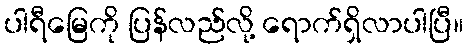
ပါရီမြေကို ပြန်လည်လို့ ရောက်ရှိလာပါပြီ။